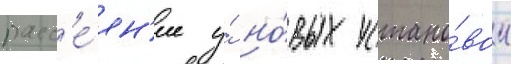
расс'е́ян'ие у́ но́вых устано́вок